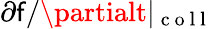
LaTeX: {\partial\mathsf{f}}/{\partialt}|_{\mathrm{{~c~o~l~l~}}}